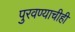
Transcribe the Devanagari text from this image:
पुरवण्याचीही